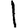
Digit: 1